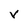
Character: V